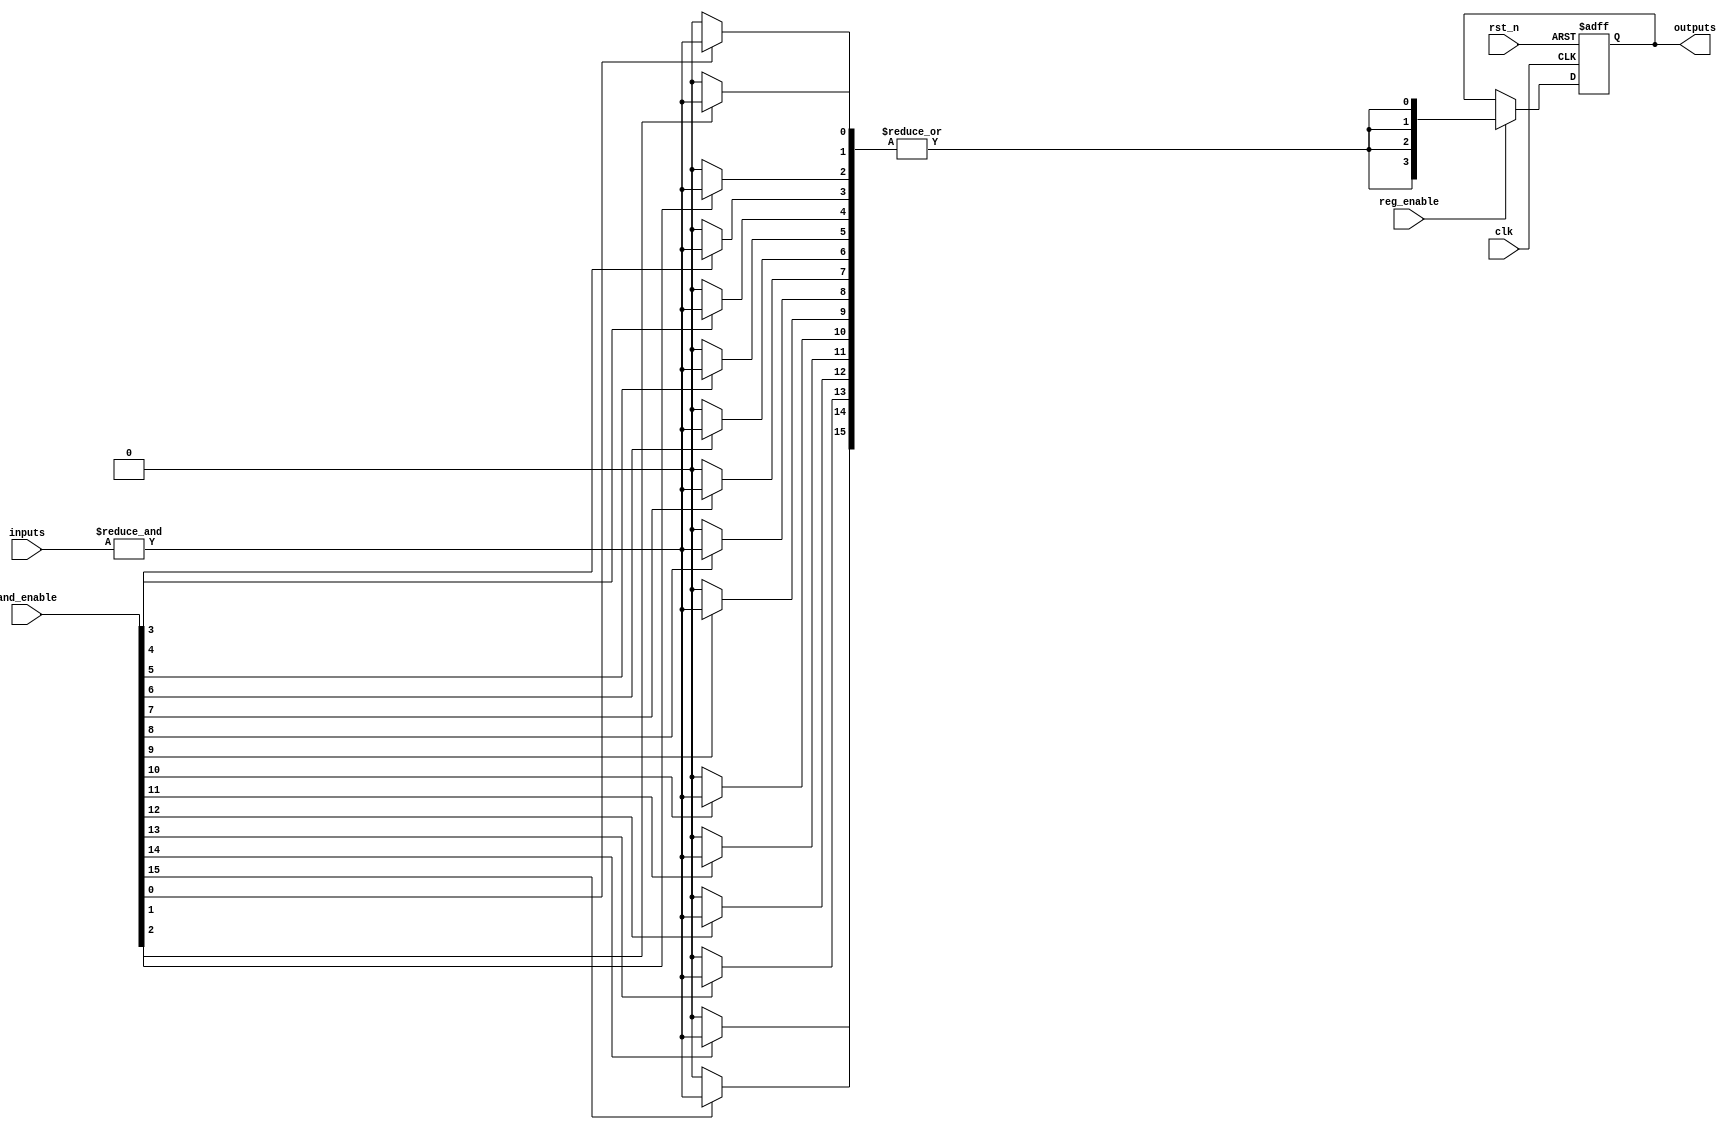
module RPAL #(
    parameter NUM_INPUTS = 8,       // Number of input signals
    parameter NUM_AND_GATES = 16,    // Number of programmable AND gates
    parameter NUM_OR_GATES = 4,      // Number of fixed OR gates
    parameter NUM_OUTPUTS = 4        // Number of registered outputs
)(
    input wire clk,                  // Clock signal
    input wire rst_n,                // Active low reset
    input wire [NUM_INPUTS-1:0] inputs, // Input signals
    input wire [NUM_AND_GATES-1:0] and_enable, // Control signals for AND gates
    input wire reg_enable,           // Control signal to enable registers
    output reg [NUM_OUTPUTS-1:0] outputs // Registered outputs
);

    // Internal signals for the AND array
    wire [NUM_AND_GATES-1:0] and_outputs; // Outputs from the AND gates
    wire [NUM_OR_GATES-1:0] or_outputs;   // Outputs from the OR gates

    // Programmable AND Array
    genvar i, j;
    generate
        for (i = 0; i < NUM_AND_GATES; i = i + 1) begin : and_array
            wire [NUM_INPUTS-1:0] and_inputs; // Inputs to each AND gate
            assign and_inputs = inputs; // Connect inputs to AND gates

            // Each AND gate is enabled based on the and_enable signal
            assign and_outputs[i] = and_enable[i] ? &and_inputs : 1'b0; // AND operation
        end
    endgenerate

    // Fixed OR Array
    generate
        for (j = 0; j < NUM_OR_GATES; j = j + 1) begin : or_array
            // Combine outputs of the AND gates into OR gates
            assign or_outputs[j] = |and_outputs; // OR operation
        end
    endgenerate

    // Registered Outputs
    always @(posedge clk or negedge rst_n) begin
        if (!rst_n) begin
            outputs <= 0; // Reset outputs
        end else if (reg_enable) begin
            outputs <= or_outputs; // Capture OR outputs
        end
    end

endmodule